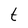
Character: t